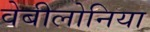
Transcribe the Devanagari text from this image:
वेबीलोनिया